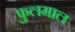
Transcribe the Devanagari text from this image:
फुलमाल